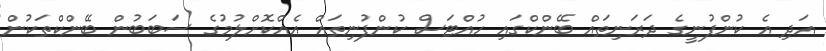
އަދި އެ ކުންފުނީގެ ދަރަނިތައް ބޭންކްގައި ހުއްޓަސް ކުންފުނިތައް އެއްކޮށްލުމުގެ ސަބަބުން ބޭންކްތަކުން